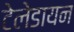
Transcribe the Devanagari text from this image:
टेलेडायन